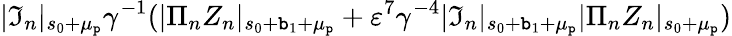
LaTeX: |\mathfrak{I}_{n}|_{s_{0}+\mu_{\mathtt{p}}}\gamma^{-1}(|\Pi_{n}Z_{n}|_{s_{0}+\mathtt{b}_{1}+\mu_{\mathtt{p}}}+\varepsilon^{7}\gamma^{-4}|\mathfrak{I}_{n}|_{s_{0}+\mathtt{b}_{1}+\mu_{\mathtt{p}}}|\Pi_{n}Z_{n}|_{s_{0}+\mu_{\mathtt{p}}})